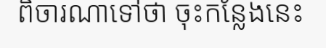
ពិចារណាទៅថា ចុះកន្លែងនេះ